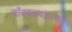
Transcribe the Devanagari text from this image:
बाँबहल्ल्यांदरम्यान